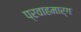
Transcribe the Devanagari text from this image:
प्रवाहमार्ग